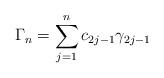
LaTeX: \begin{align*}\Gamma_n = \sum_{j=1}^{n} c_{2j-1} \gamma_{2j - 1}\end{align*}